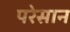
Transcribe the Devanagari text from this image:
परेसान